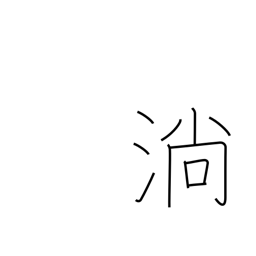
Meaning: flow